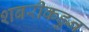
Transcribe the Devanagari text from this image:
शबरीकडुन